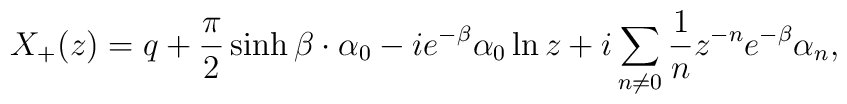
X_{+}(z) = q + \frac{\pi }{2}\sinh \beta \cdot \alpha _0 - ie^{-\beta }\alpha _0 \ln z  + i\sum _{n\neq 0}\frac{1}{n}z^{-n}e^{-\beta }\alpha _{n},